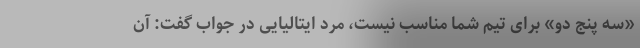
«سه پنج دو» برای تیم شما مناسب نیست، مرد ایتالیایی در جواب گفت: آن